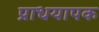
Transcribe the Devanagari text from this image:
प्राधयापक